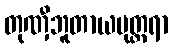
တုဏှီဘူတာယမုတ္တရာ